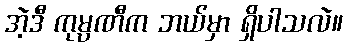
အဲ့ဒီ ကုမ္ပဏီက ဘယ်မှာ ရှိပါသလဲ။